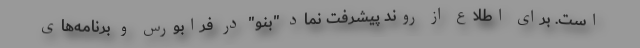
است. برای اطلاع از روند پیشرفت نماد "بنو" در فرابورس و برنامه‌های